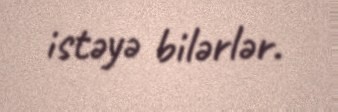
istəyə bilərlər.